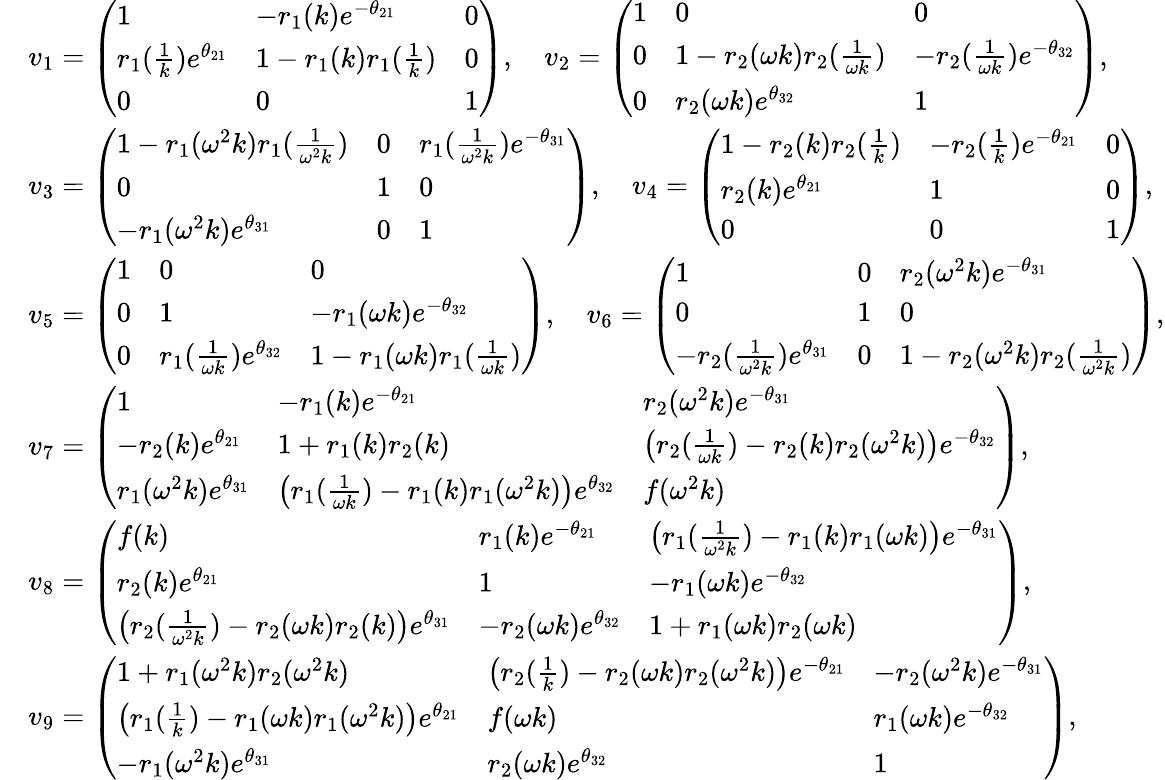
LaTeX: \begin{array}{rl}&{v_{1}=\left(\begin{array}{lll}{1}&{-r_{1}(k)e^{-\theta_{21}}}&{0}\\ {r_{1}(\frac{1}{k})e^{\theta_{21}}}&{1-r_{1}(k)r_{1}(\frac{1}{k})}&{0}\\ {0}&{0}&{1}\end{array}\right),\quad v_{2}=\left(\begin{array}{lll}{1}&{0}&{0}\\ {0}&{1-r_{2}(\omega k)r_{2}(\frac{1}{\omega k})}&{-r_{2}(\frac{1}{\omega k})e^{-\theta_{32}}}\\ {0}&{r_{2}(\omega k)e^{\theta_{32}}}&{1}\end{array}\right),}\\ &{v_{3}=\left(\begin{array}{lll}{1-r_{1}(\omega^{2}k)r_{1}(\frac{1}{\omega^{2}k})}&{0}&{r_{1}(\frac{1}{\omega^{2}k})e^{-\theta_{31}}}\\ {0}&{1}&{0}\\ {-r_{1}(\omega^{2}k)e^{\theta_{31}}}&{0}&{1}\end{array}\right),\quad v_{4}=\left(\begin{array}{lll}{1-r_{2}(k)r_{2}(\frac{1}{k})}&{-r_{2}(\frac{1}{k})e^{-\theta_{21}}}&{0}\\ {r_{2}(k)e^{\theta_{21}}}&{1}&{0}\\ {0}&{0}&{1}\end{array}\right),}\\ &{v_{5}=\left(\begin{array}{lll}{1}&{0}&{0}\\ {0}&{1}&{-r_{1}(\omega k)e^{-\theta_{32}}}\\ {0}&{r_{1}(\frac{1}{\omega k})e^{\theta_{32}}}&{1-r_{1}(\omega k)r_{1}(\frac{1}{\omega k})}\end{array}\right),\quad v_{6}=\left(\begin{array}{lll}{1}&{0}&{r_{2}(\omega^{2}k)e^{-\theta_{31}}}\\ {0}&{1}&{0}\\ {-r_{2}(\frac{1}{\omega^{2}k})e^{\theta_{31}}}&{0}&{1-r_{2}(\omega^{2}k)r_{2}(\frac{1}{\omega^{2}k})}\end{array}\right),}\\ &{v_{7}=\left(\begin{array}{lll}{1}&{-r_{1}(k)e^{-\theta_{21}}}&{r_{2}(\omega^{2}k)e^{-\theta_{31}}}\\ {-r_{2}(k)e^{\theta_{21}}}&{1+r_{1}(k)r_{2}(k)}&{\big(r_{2}(\frac{1}{\omega k})-r_{2}(k)r_{2}(\omega^{2}k)\big)e^{-\theta_{32}}}\\ {r_{1}(\omega^{2}k)e^{\theta_{31}}}&{\big(r_{1}(\frac{1}{\omega k})-r_{1}(k)r_{1}(\omega^{2}k)\big)e^{\theta_{32}}}&{f(\omega^{2}k)}\end{array}\right),}\\ &{v_{8}=\left(\begin{array}{lll}{f(k)}&{r_{1}(k)e^{-\theta_{21}}}&{\big(r_{1}(\frac{1}{\omega^{2}k})-r_{1}(k)r_{1}(\omega k)\big)e^{-\theta_{31}}}\\ {r_{2}(k)e^{\theta_{21}}}&{1}&{-r_{1}(\omega k)e^{-\theta_{32}}}\\ {\big(r_{2}(\frac{1}{\omega^{2}k})-r_{2}(\omega k)r_{2}(k)\big)e^{\theta_{31}}}&{-r_{2}(\omega k)e^{\theta_{32}}}&{1+r_{1}(\omega k)r_{2}(\omega k)}\end{array}\right),}\\ &{v_{9}=\left(\begin{array}{lll}{1+r_{1}(\omega^{2}k)r_{2}(\omega^{2}k)}&{\big(r_{2}(\frac{1}{k})-r_{2}(\omega k)r_{2}(\omega^{2}k)\big)e^{-\theta_{21}}}&{-r_{2}(\omega^{2}k)e^{-\theta_{31}}}\\ {\big(r_{1}(\frac{1}{k})-r_{1}(\omega k)r_{1}(\omega^{2}k)\big)e^{\theta_{21}}}&{f(\omega k)}&{r_{1}(\omega k)e^{-\theta_{32}}}\\ {-r_{1}(\omega^{2}k)e^{\theta_{31}}}&{r_{2}(\omega k)e^{\theta_{32}}}&{1}\end{array}\right),}\end{array}